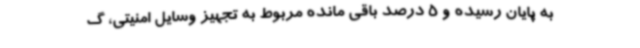
به پایان رسیده و 5 درصد باقی مانده مربوط به تجهیز وسایل امنیتی، گ